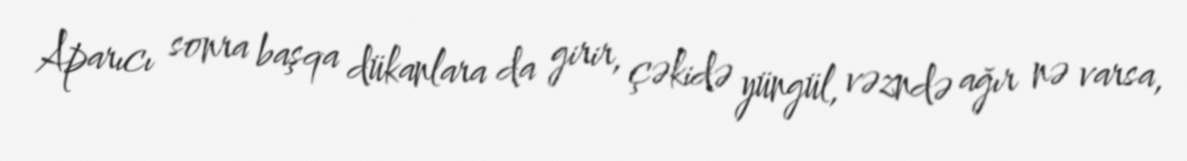
Aparıcı sonra başqa dükanlara da girir, çəkidə yüngül, vəzndə ağır nə varsa,